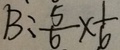
B : \frac { 5 } { 6 } \times \frac { 1 } { 6 }